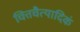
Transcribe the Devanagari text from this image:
चित्तचैत्यादिकं